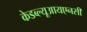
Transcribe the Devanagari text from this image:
केडब्ल्यूआयएनसी